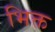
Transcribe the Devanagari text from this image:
भिक्त